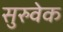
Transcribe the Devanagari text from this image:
सुरुवेक